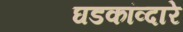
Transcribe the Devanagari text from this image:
घडकांव्दारे